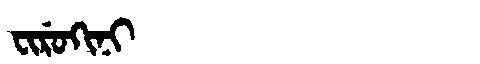
Manchu: ᠸᡳᡵᡠᡴᡳᠨᡳ
Romanization: FIRUKINI